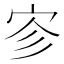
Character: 𪧉